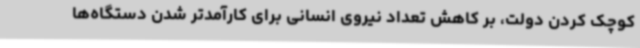
کوچک کردن دولت، بر کاهش تعداد نیروی انسانی برای کارآمدتر شدن دستگاه‌ها